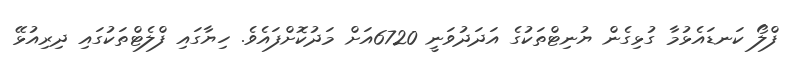
ފްލޯ ކަނޑައެޅުމާ ގުޅިގެން ޔުނިޓްތަކުގެ އަދަދުވަނީ 6720އަށް މަދުކޮށްފައެވެ. ހިޔާގައި ފްލެޓްތަކުގައި ދިރިއުޅޭ